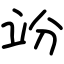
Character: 竕